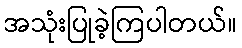
အသုံးပြုခဲ့ကြပါတယ်။